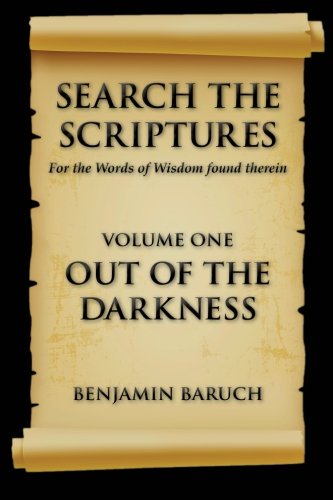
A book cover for Search The Scriptures (OUT OF THE DARKNESS) (Volume 1); Benjamin Baruch; Christian Books & Bibles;